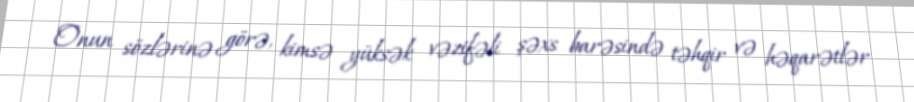
Onun sözlərinə görə, kimsə yüksək vəzifəli şəxs barəsində təhqir və həqarətlər